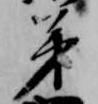
第